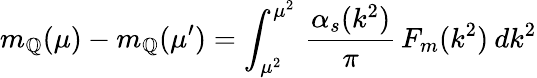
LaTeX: m_{\mathbb{Q}}(\mu)-m_{\mathbb{Q}}(\mu^{\prime})=\int_{\mu^{2}}^{\mu^{2}}\, \frac{{\alpha_{s}(k^{2})}}{{\pi}}\, F_{m}(k^{2})\: dk^{2}